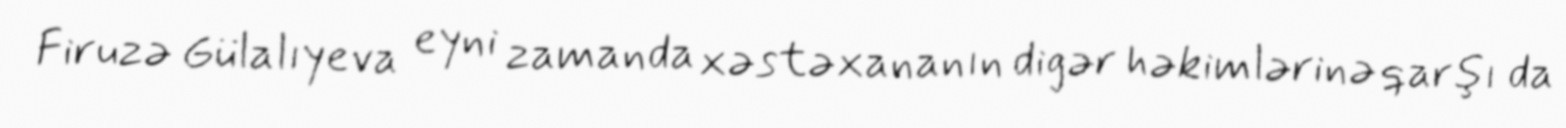
Firuzə Gülalıyeva eyni zamanda xəstəxananın digər həkimlərinə qarşı da